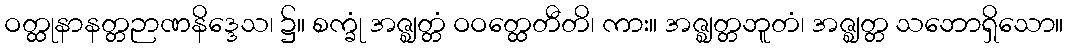
ဝတ္ထုနာနတ္တဉာဏနိဒ္ဒေသ၊ ၌။ စက္ခုံ အဇ္ဈတ္တံ ဝဝတ္ထေတီတိ၊ ကား။ အဇ္ဈတ္တဘူတံ၊ အဇ္ဈတ္တ သဘောရှိသော။